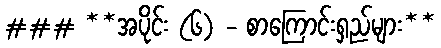
### **အပိုင်း (၆) - စာကြောင်းရှည်များ**